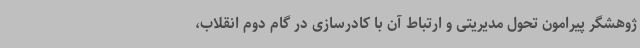
ژوهشگر پیرامون تحول مدیریتی و ارتباط آن با کادرسازی در گام دوم انقلاب،